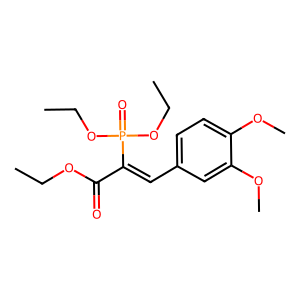
SMILES: CCOC(=O)C(=Cc1ccc(OC)c(OC)c1)P(=O)(OCC)OCC
Inhibits HIV replication: No